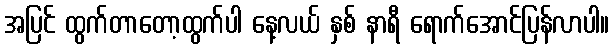
အပြင် ထွက်တာတော့ထွက်ပါ နေ့လယ် နှစ် နာရီ ရောက်အောင်ပြန်လာပါ။